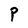
Character: P